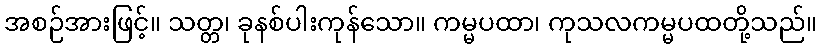
အစဉ်အားဖြင့်။ သတ္တ၊ ခုနစ်ပါးကုန်သော။ ကမ္မပထာ၊ ကုသလကမ္မပထတို့သည်။